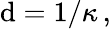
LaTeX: \mathrm{d}=1/\kappa\, ,